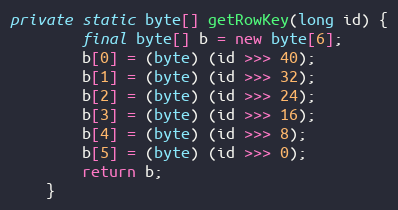
Language: Java
private static byte[] getRowKey(long id) {
        final byte[] b = new byte[6];
        b[0] = (byte) (id >>> 40);
        b[1] = (byte) (id >>> 32);
        b[2] = (byte) (id >>> 24);
        b[3] = (byte) (id >>> 16);
        b[4] = (byte) (id >>> 8);
        b[5] = (byte) (id >>> 0);
        return b;
    }